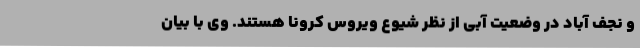
و نجف آباد در وضعیت آبی از نظر شیوع ویروس کرونا هستند. وی با بیان